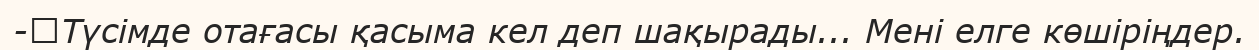
-	Түсімде отағасы қасыма кел деп шақырады... Мені елге көшіріңдер.